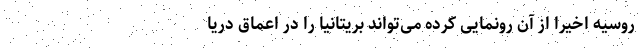
روسیه اخیرا از آن رونمایی کرده می‌تواند بریتانیا را در اعماق دریا